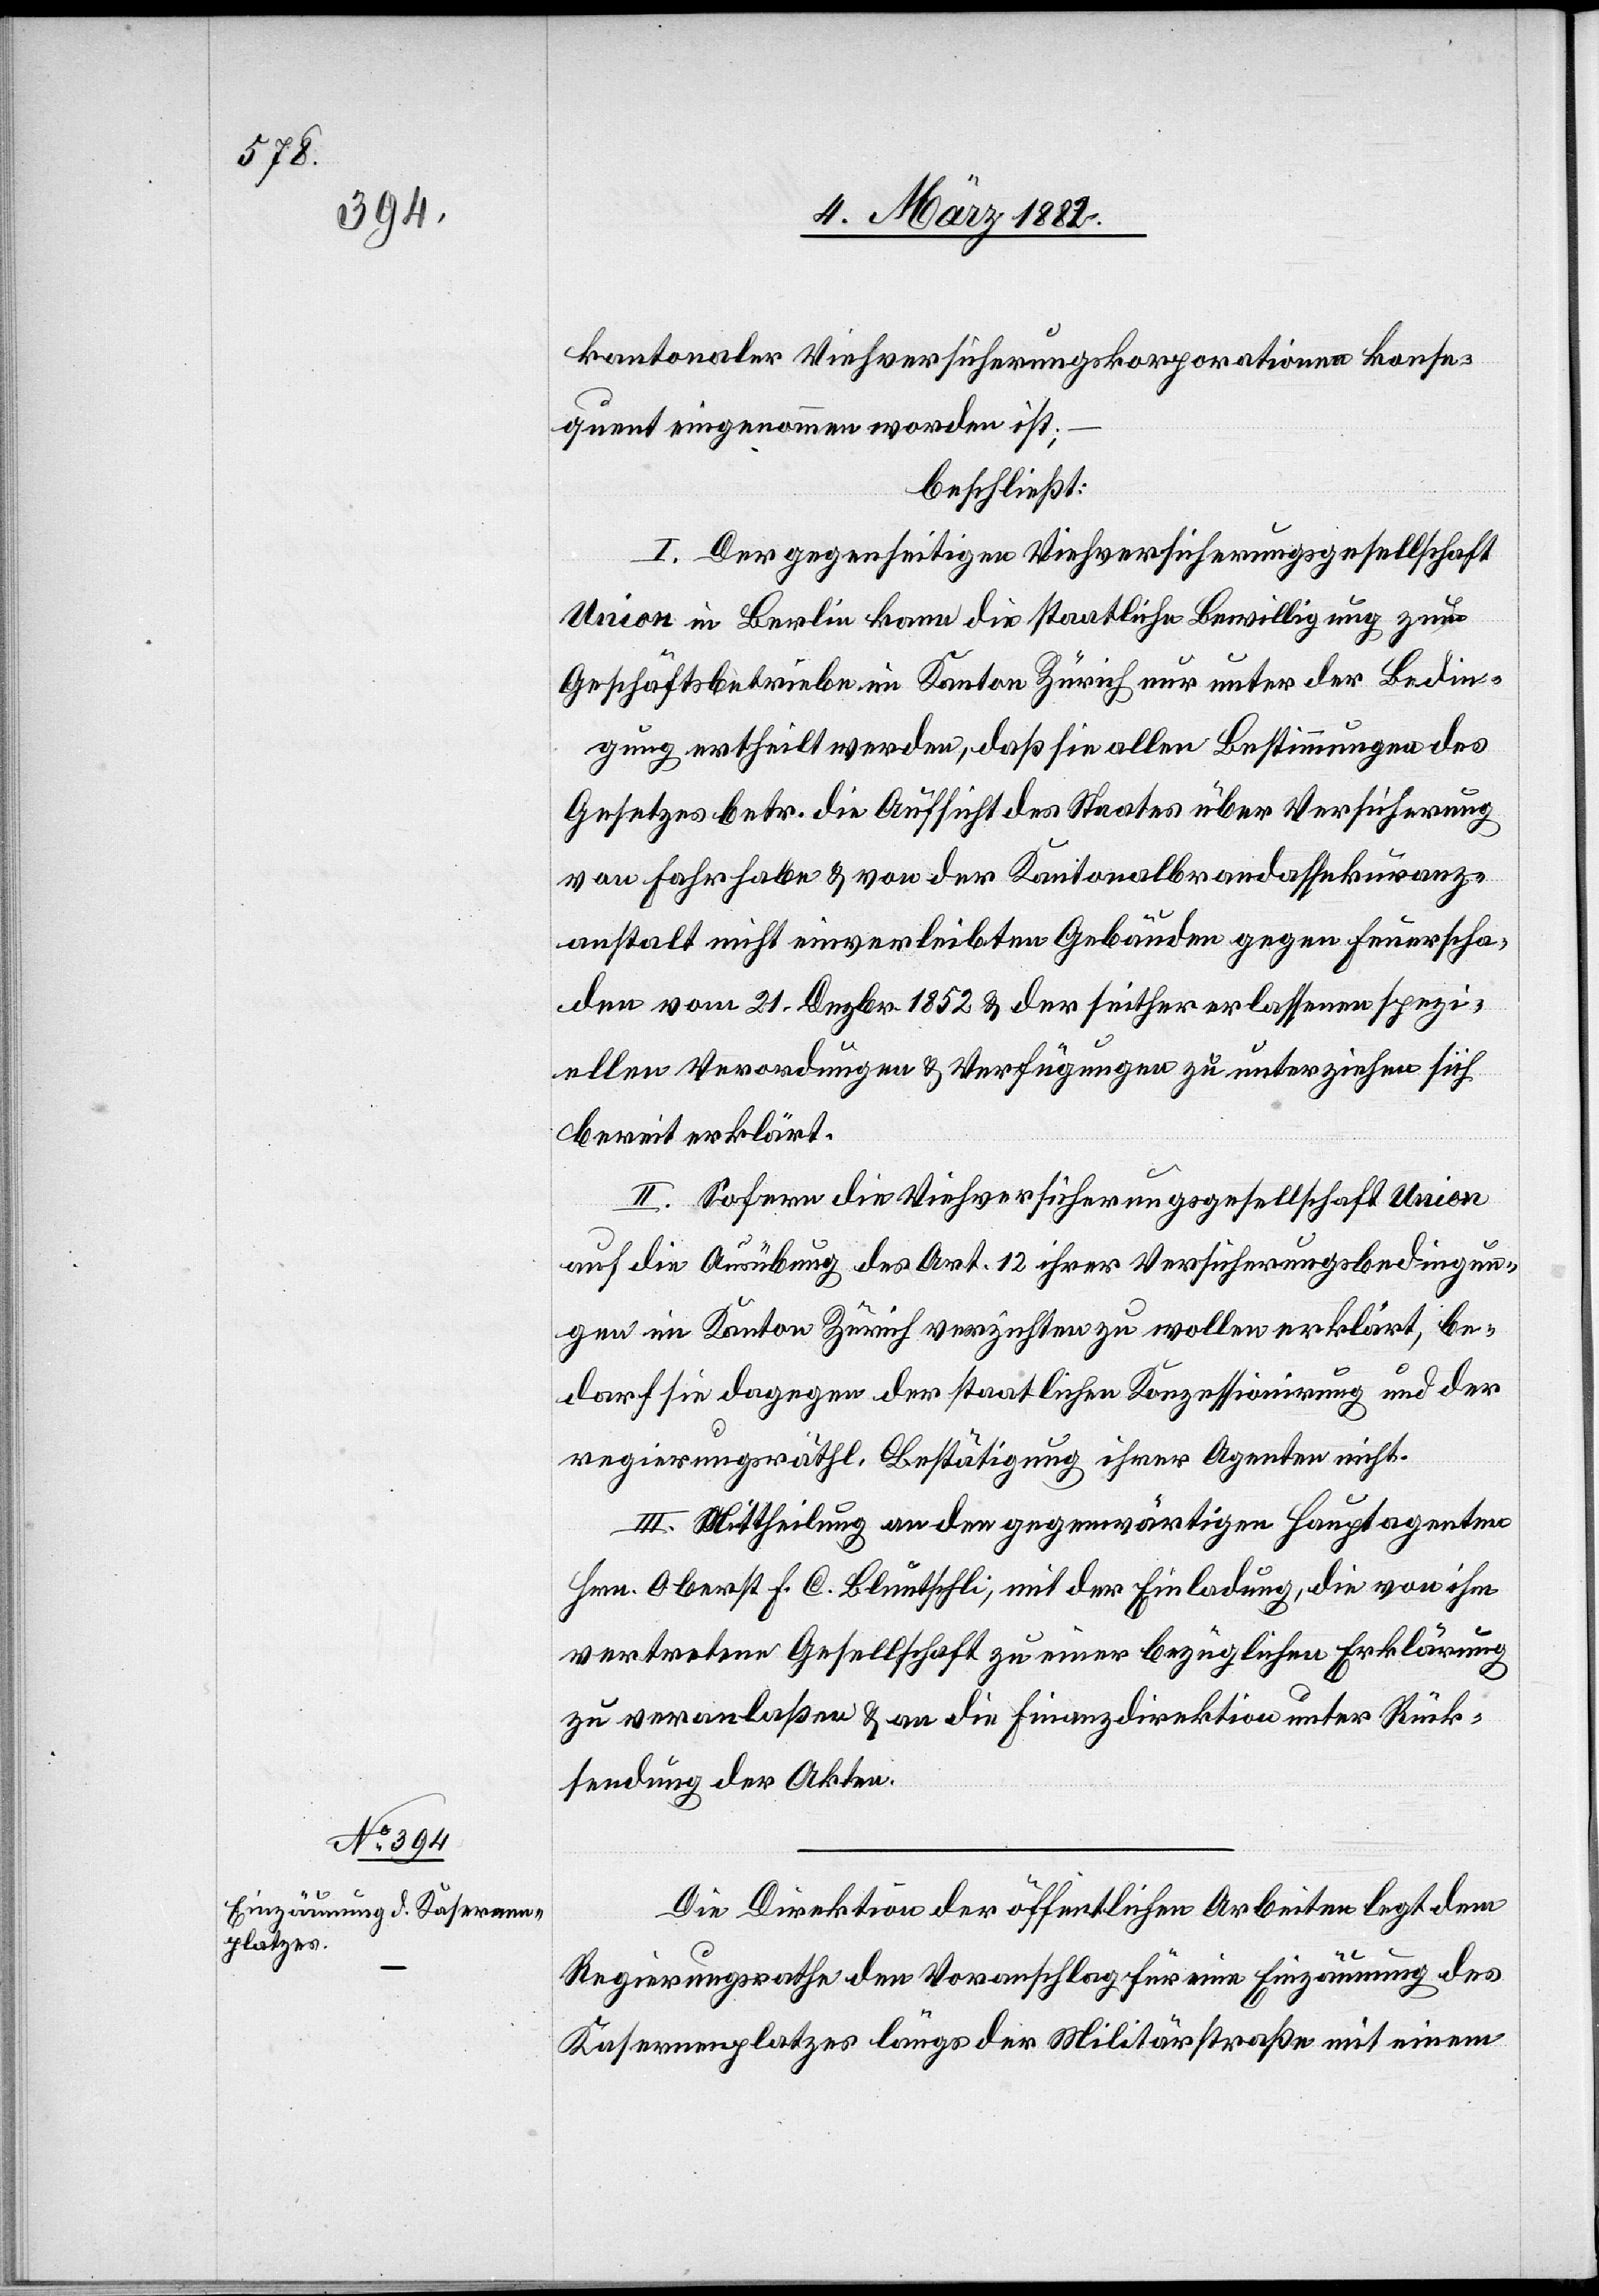
kantonaler Versicherungskorporationen konse¬
quent eingenommen worden ist;
beschließt:
I. Der gegenseitigen Viehversicherungsgesellschaft
Union in Berlin kann die staatliche Bewilligung zum
Geschäftsbetriebe im Kanton Zürich nur unter Bedin¬
gung ertheilt werden, daß sie alle Bestimmungen des
Gesetzes betr. die Aufsicht des Staates über Versicherung
von Fahrhabe & von der Kantonalbrandassekuranz¬
anstalt nicht einverleibten Gebäuden gegen Feuerscha¬
den vom 21. Dezbr. 1852 & der seither verlassenen spezi¬
ellen Verordnungen & Verfügungen zu unterziehen sich
bereit erklärt.
II. Sofern die Viehversicherungsgesellschaft Union
auf die Ausübung des Art. 12 ihrer Versicherungsbedingun¬
gen im Kanton Zürich verzichten zu wollen erklärt, be¬
darf sie dagegen der staatlichen Konzessionirung und der
regirungsräthl. Bestätigung ihrer Agenten nicht.
III. Mittheilung an den gegenwärtigen Hauptagenten
Hrn. Oberst F. C. Bluntschli, mit der Einladung, die von ihm
vertretene Gesellschaft zu einer bezüglichen Erklärung
zu veranlaßen & an die Finanzdirektion unter Rück¬
sendung der Akten.
Die Direktion der öffentlichen Arbeiten legt dem
Regierungsrathe den Voranschlag für eine Einzäunung des
Kasernenplatzes längs der Militärstraße mit einem